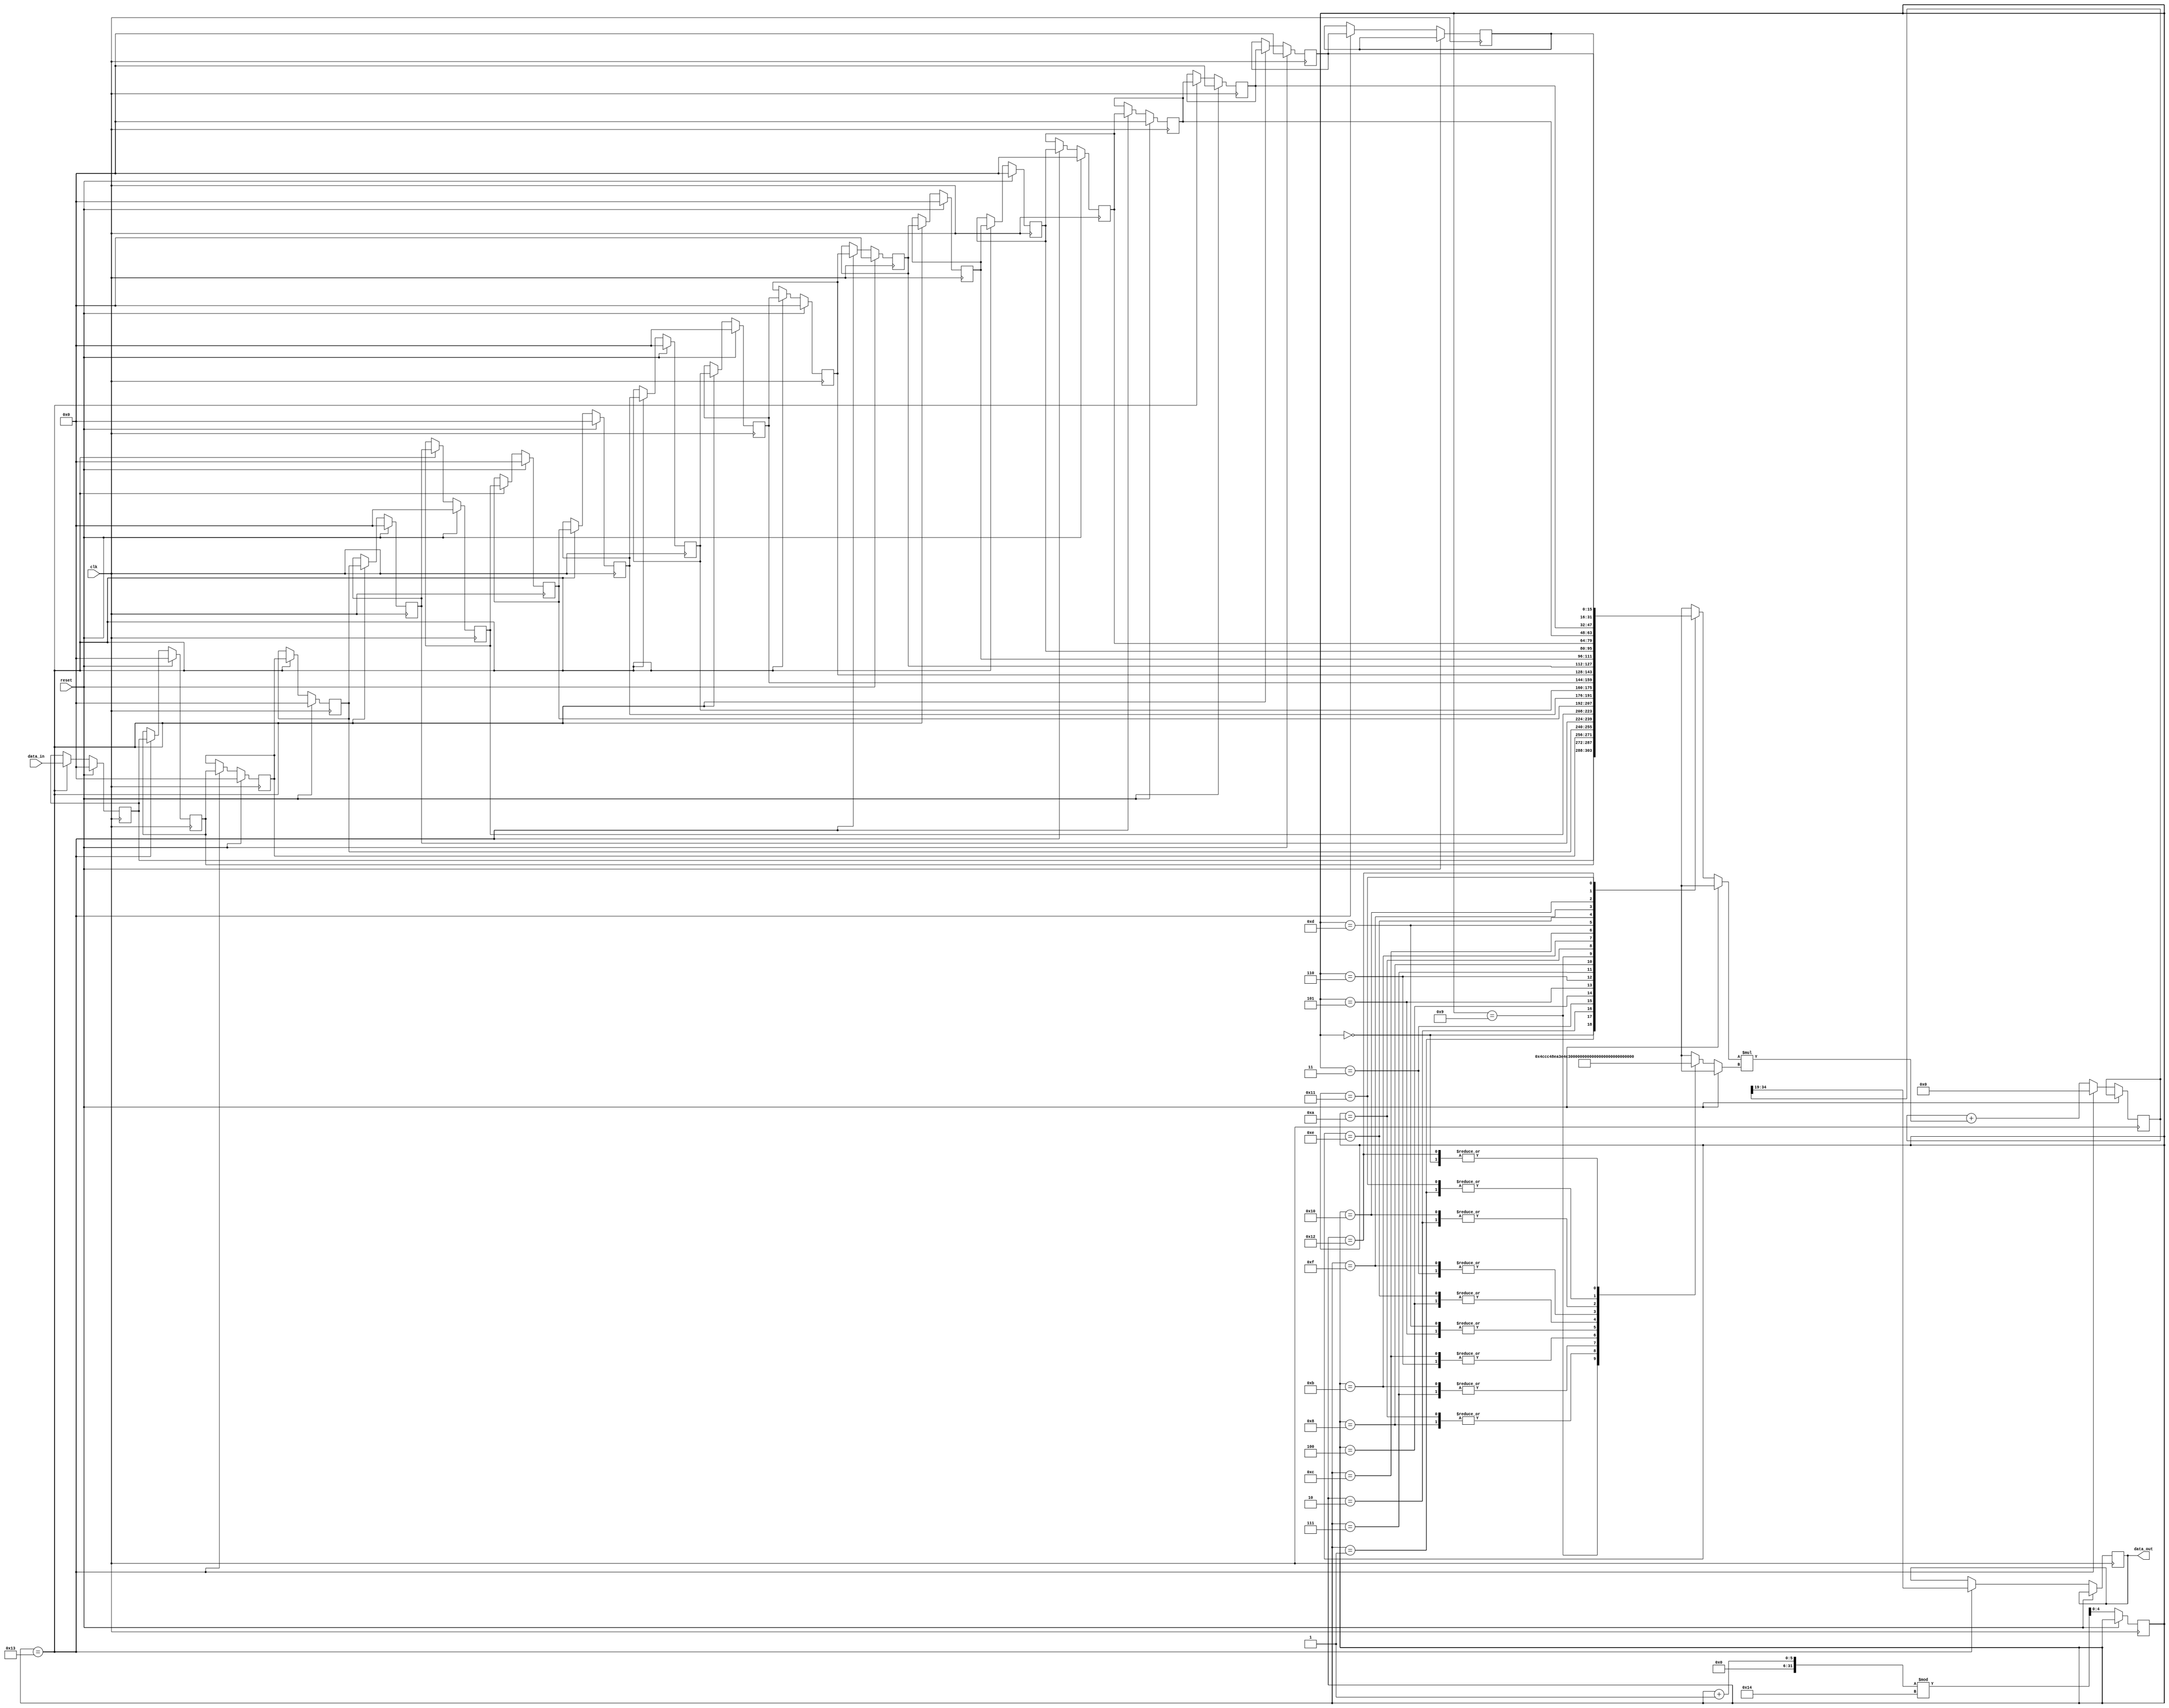
module FIR_Resource_Sharing #(parameter SIZE = 19)
	(
		input clk, reset, 
		input [15:0] data_in, 
		output reg signed [15:0] data_out
	);
		
	reg signed [15:0] reg_data [SIZE - 1:0];
	wire signed [15:0] coef [SIZE-1:0];
	reg signed [35:0] sum;
	
	assign coef [0] = 26;
	assign coef [1] = 270;
	assign coef [2] = 963;
	assign coef [3] = 2424;
	assign coef [4] = 4869;
	assign coef [5] = 8259;
	assign coef [6] = 12194;
	assign coef [7] = 15948;
	assign coef [8] = 18666;
	assign coef [9] = 19660;
	assign coef [10] = 18666;
	assign coef [11] = 15948;
	assign coef [12] = 12194;
	assign coef [13] = 8259;
	assign coef [14] = 4869;
	assign coef [15] = 2424;
	assign coef [16] = 963;
	assign coef [17] = 270;
	assign coef [18] = 26;
	
	integer i;
	reg [4:0]counter =0;
	always @(posedge clk) begin
	if(reset)
		for(i = 0; i < SIZE-1; i = i + 1)
			reg_data[i ] <=  0;
	else
		begin	
			 sum <= sum + reg_data[counter] * coef[counter];
			 counter <= (counter+1)%20;
			 if(counter == 19)//data out is completed
			begin	
				data_out = sum[35:19];
				reg_data[0] <=  data_in;
				sum <= 0;
				for(i = 0; i < SIZE-1; i = i + 1)
					reg_data[i + 1] <=  reg_data[i];
			end		
		end	
	end

endmodule